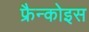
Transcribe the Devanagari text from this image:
फ्रैन्कोइस